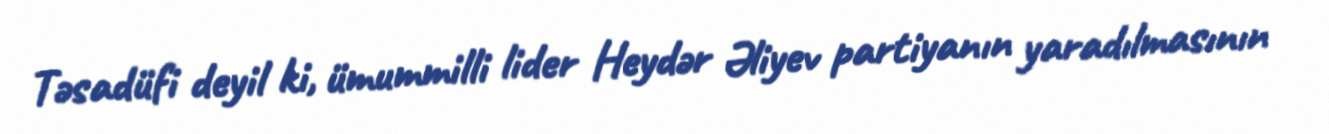
Təsadüfi deyil ki, ümummilli lider Heydər Əliyev partiyanın yaradılmasının